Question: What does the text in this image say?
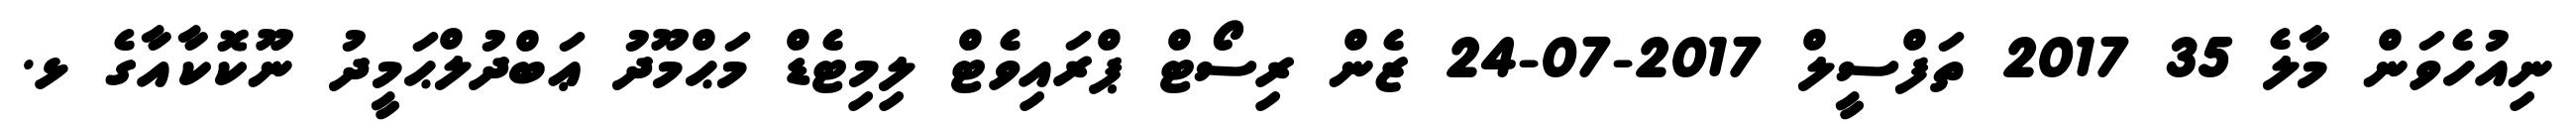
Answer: ނިއުހެވަން މާލެ 35 2017 ތަފްސީލް 2017-07-24 ޒެން ރިސޯޓް ޕްރައިވެޓް ލިމިޓެޑް މަޙްމޫދު ޢަބްދުލްޙަމީދު ނޫކޮކާއާގެ ޅ.